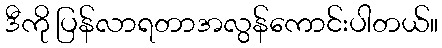
ဒီကို ပြန်လာရတာအလွန်ကောင်းပါတယ်။